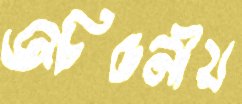
অচিন্তনীয়